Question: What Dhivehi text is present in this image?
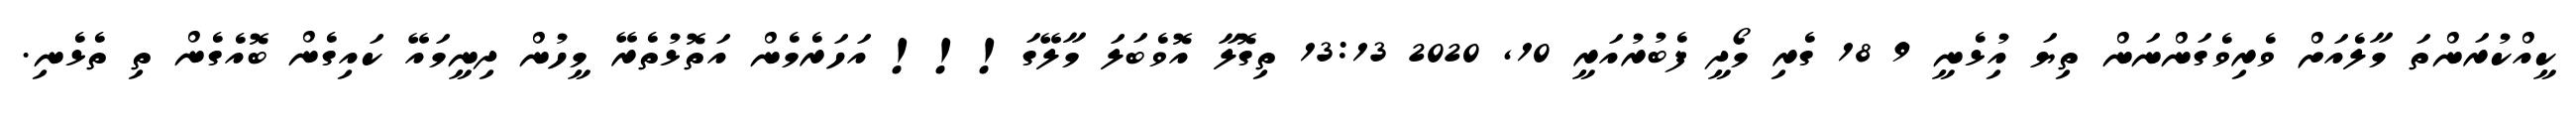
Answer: ކީއްކުރަންތަ މާލެއަށް ވެރިވެގަންނަން ތިޔަ އިުޅެނީ 9 18 ގެރި މޯދީ ފެބުރުއަރީ 10, 2020 13:13 ތިގޮލާ އޮވެބަލަ މާލޭގަ!!! އަހަރެމެން އަތޮޅުތެރޭ މީހުން ދިނީމައޭ ކައިގެން ބޮއެގެން ތި ތެޅެނި.